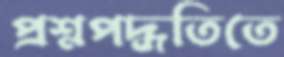
প্রশ্নপদ্ধতিতে